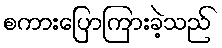
စကားပြောကြားခဲ့သည်